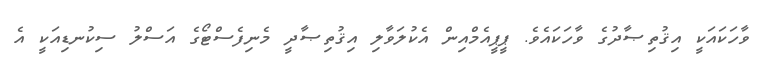
ވާހަކައަކީ އިޤުތިޞާދުގެ ވާހަކައެވެ. ޕީޕީއެމްއިން އެކުލަވާލި އިޤުތިޞާދީ މެނިފެސްޓޯގެ އަސްލު ސިކުނޑިއަކީ އެ